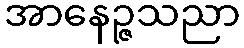
အာနေဉ္ဇသညာ